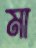
মা